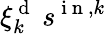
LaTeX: \xi_{k}^{\mathrm{~d~}}\: s^{\mathrm{~i~n~},k}